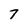
Character: 7